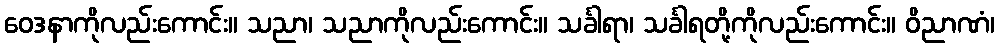
ဝေဒနာကိုလည်းကောင်း။ သညာ၊ သညာကိုလည်းကောင်း။ သင်္ခါရာ၊ သင်္ခါရတို့ကိုလည်းကောင်း။ ဝိညာဏံ၊